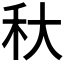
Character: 𥝛